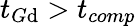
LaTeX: t_{G\mathrm{d}}>t_{comp}